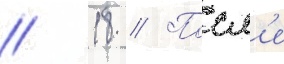
// 18 // Посл'е